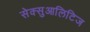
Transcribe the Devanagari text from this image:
सेक्सुआलिटिज